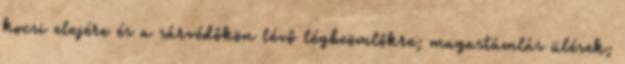
kocsi elejére és a sárvédőkön lévő légbeömlőkre; magastámlás ülések;